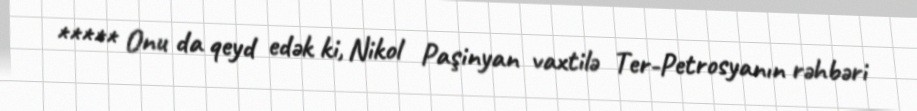
***** Onu da qeyd edək ki, Nikol Paşinyan vaxtilə Ter-Petrosyanın rəhbəri